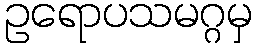
ဥရောပသမဂ္ဂမှ